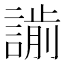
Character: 𧫌